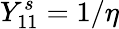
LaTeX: Y_{11}^{s}=1/\eta